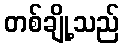
တစ်ချို့သည်